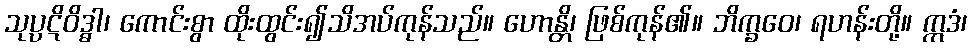
သုပ္ပဋိဝိဒ္ဓါ၊ ကောင်းစွာ ထိုးထွင်း၍သိအပ်ကုန်သည်။ ဟောန္တိ၊ ဖြစ်ကုန်၏။ ဘိက္ခဝေ၊ ရဟန်းတို့။ ဣဒံ၊